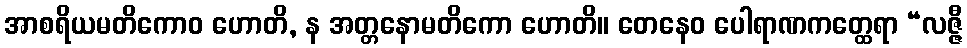
အာစရိယမတိကောဝ ဟောတိ, န အတ္တနောမတိကော ဟောတိ။ တေနေဝ ပေါရာဏကတ္ထေရာ “လဇ္ဇီ